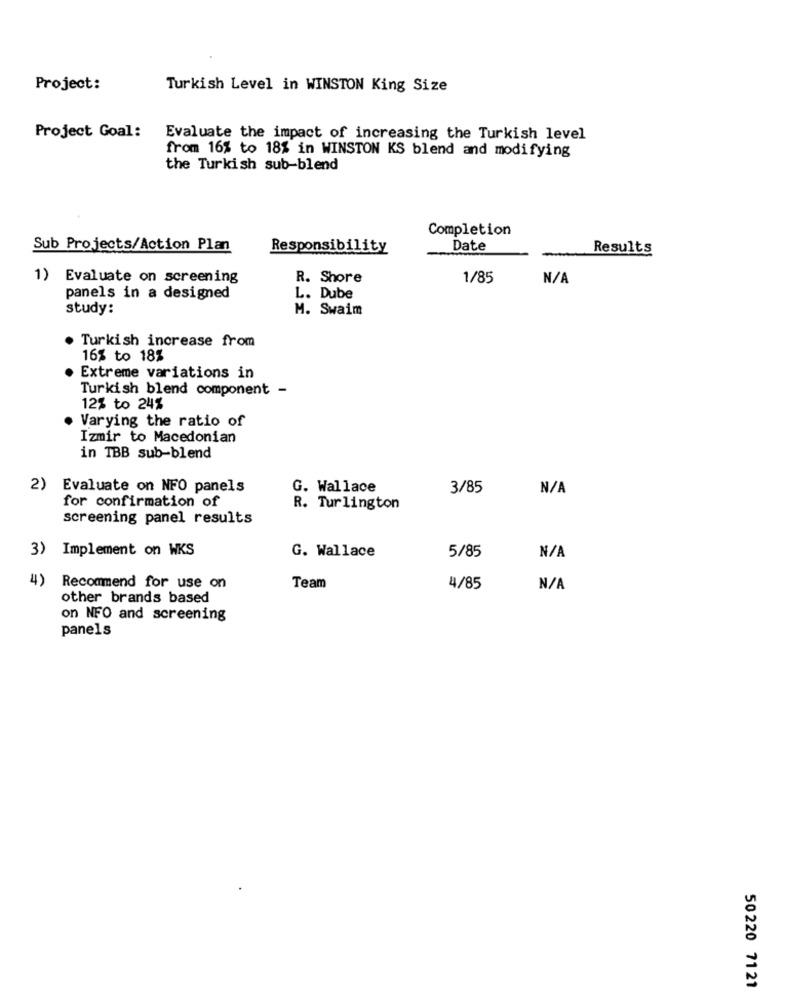
Project:
Turkish Level in WINSTON King Size
Project Goal:
Evaluate the impact of increasing the Turkish level
from 16% to 18% in WINSTON KS blend and modifying
the Turkish sub-blend
Completion
Sub Projects/Action Plan
Responsibility
Date
Results
1)
Evaluate on screening
R. Shore
1/85
panels in a designed
L. Dube
study:
M. Swaim
· Turkish increase from
16% to 18%
Extreme variations in
Turkish blend component -
12% to 24%
. Varying the ratio of
Izmir to Macedonian
in TBB sub-blend
2)
Evaluate on NFO panels
G. Wallace
3/85
for confirmation of
R. Turlington
screening panel results
3) Implement on WKS
G. Wallace
5/85
4)
Recommend for use on
Team
4/85
other brands based
on NFO and screening
panels
50220 7121